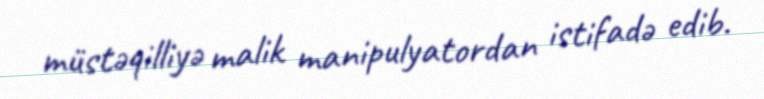
müstəqilliyə malik manipulyatordan istifadə edib.